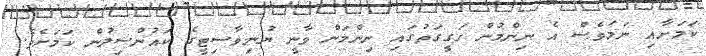
ކަމަށާއި ނަމަވެސް އެ ނިންމުން ހަގީގަތުގައި ނިންމަން ވާނީ ޔުނިވާސިޓީގެ ކައުންސިލުން ކަމަށެވެ.